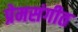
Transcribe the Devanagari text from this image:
प्रेमसंगीत